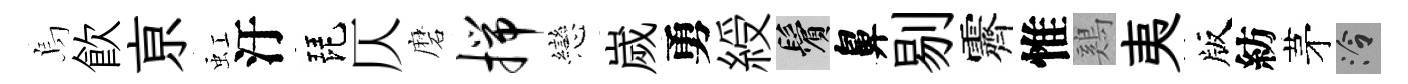
烏飮亰虹汙琵仄磨揣戀嵗勇綬鬢鼻剔霽惟鷄夷版紡茅泠